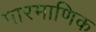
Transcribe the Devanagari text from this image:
पारमाणिक